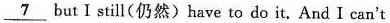
\underline{7} but I still(仍然) have to do it. And I can't